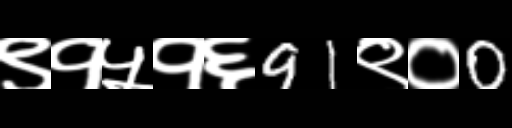
Text: ९१५१६91९०0